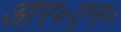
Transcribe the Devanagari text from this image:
आर॰एन॰